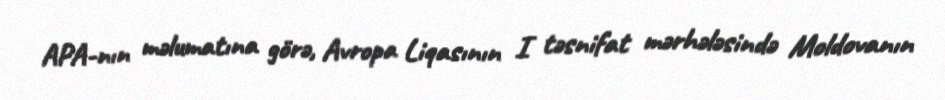
APA-nın məlumatına görə, Avropa Liqasının I təsnifat mərhələsində Moldovanın